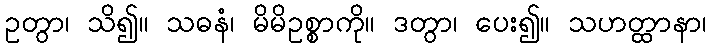
ဥတွာ၊ သိ၍။ သဓနံ၊ မိမိဥစ္စာကို။ ဒတွာ၊ ပေး၍။ သဟတ္ထာနာ၊